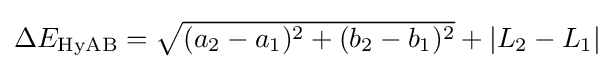
{\textstyle \Delta E_{\text{HyAB}}={\sqrt {(a_{2}-a_{1})^{2}+(b_{2}-b_{1})^{2}}}+\left|L_{2}-L_{1}\right|}